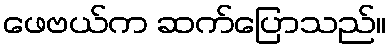
ဖေဗယ်က ဆက်ပြောသည်။